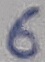
Text: 6